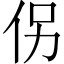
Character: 𪜯